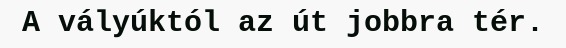
A vályúktól az út jobbra tér.